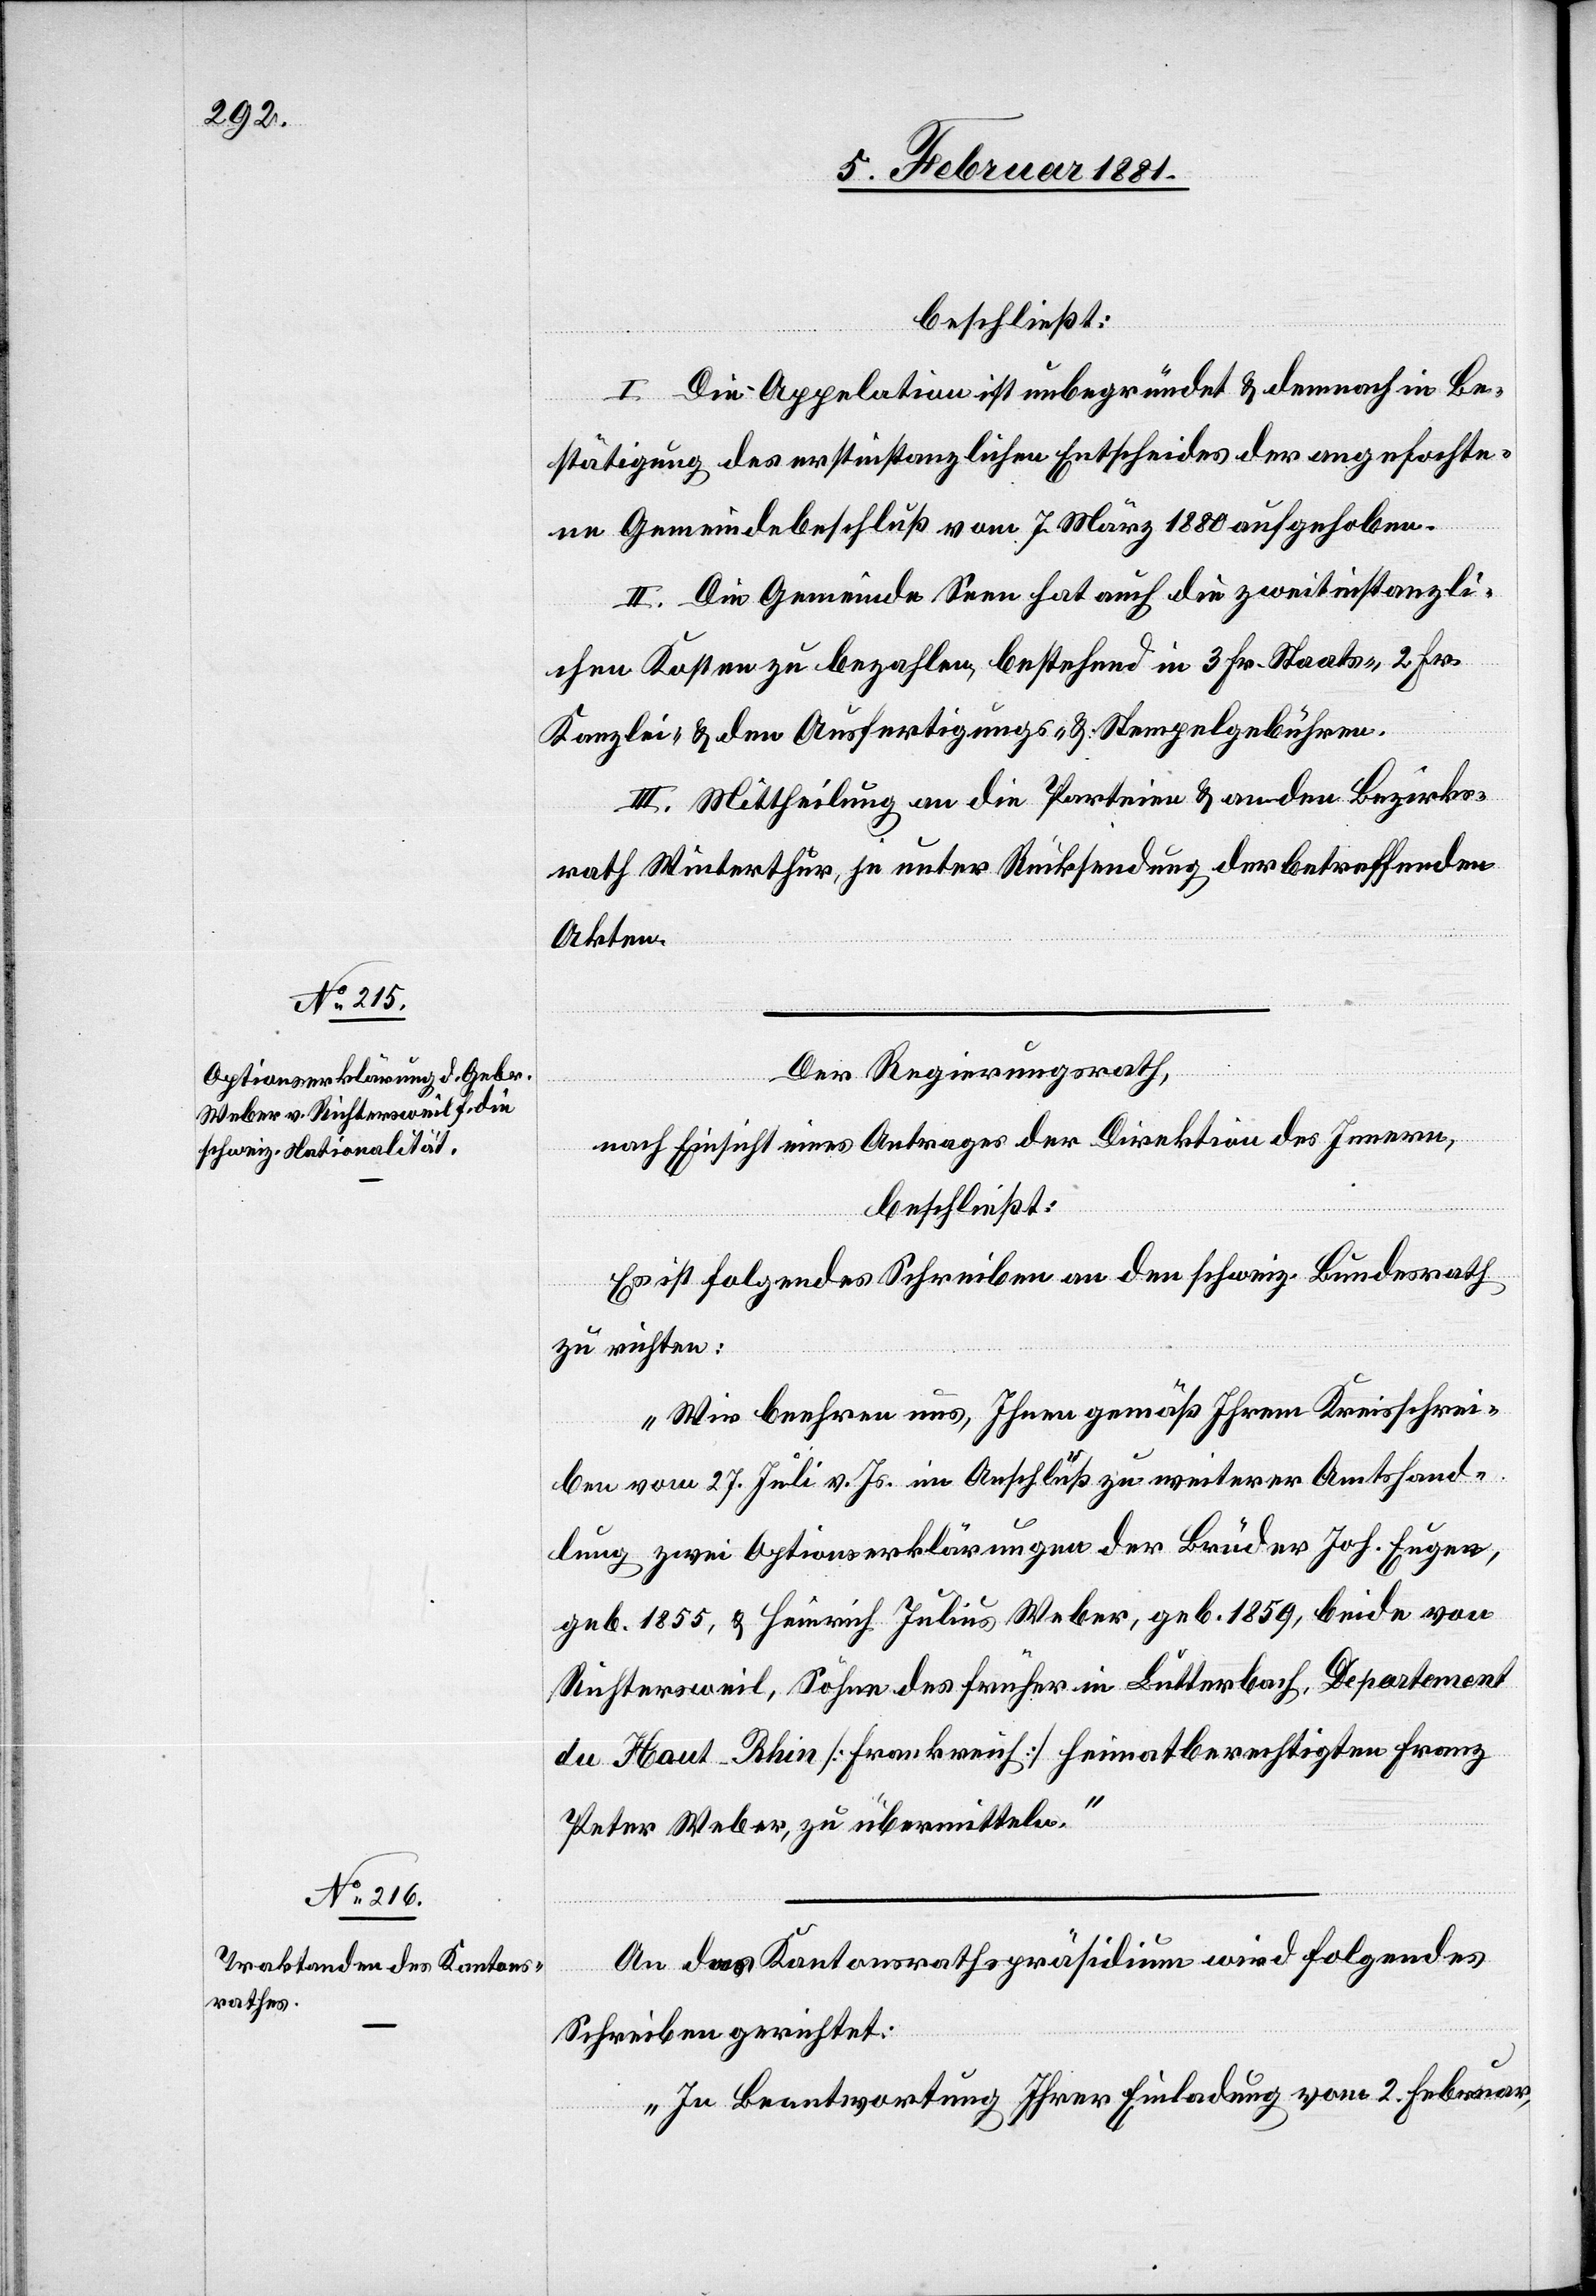
beschließt:
I. Die Appel[l]ation ist unbegründet & demnach in Be¬
stätigung des erstinstanzlichen Entscheides der angefochte¬
ne Gemeindsbeschluß vom 7. März 1880 aufgehoben.
II. Die Gemeinde Seen hat auch die zweitinstanzli¬
chen Kosten zu bezahlen, bestehend in 3 Fr. Staats-, 2 Fr.
Kanzlei- & den Ausfertigungs- & Stempelgebühren.
III. Mittheilung an die Parteien & an den Bezirks¬
rath Winterthur, je unter Rücksendung der betreffenden
Akten.
Der Regierungsrath,
nach Einsicht eines Antrages der Direktion des Innern,
beschließt:
Es ist folgendes Schreiben an den schweiz. Bundesrath
zu richten:
„Wir beehren uns, Ihnen gemäß Ihrem Kreisschrei¬
ben vom 27. Juli v.Js. im Anschluß zu weiterer Amtshand¬
lung zwei Optionserklärungen der Brüder Joh. Eugen,
Richtersweil, Söhne des früher in Lutterbach, Departement
du Haut-Rhin [Frankreich] Heimatberechtigten Franz
Peter Weber, zu übermitteln.“
An das Kantonsrathspräsidium wird folgendes
Schreiben gerichtet:
„In Beantwortung Ihrer Einladung vom 2. Februar,